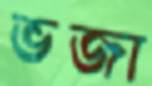
ভজা